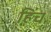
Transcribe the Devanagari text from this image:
हिंच